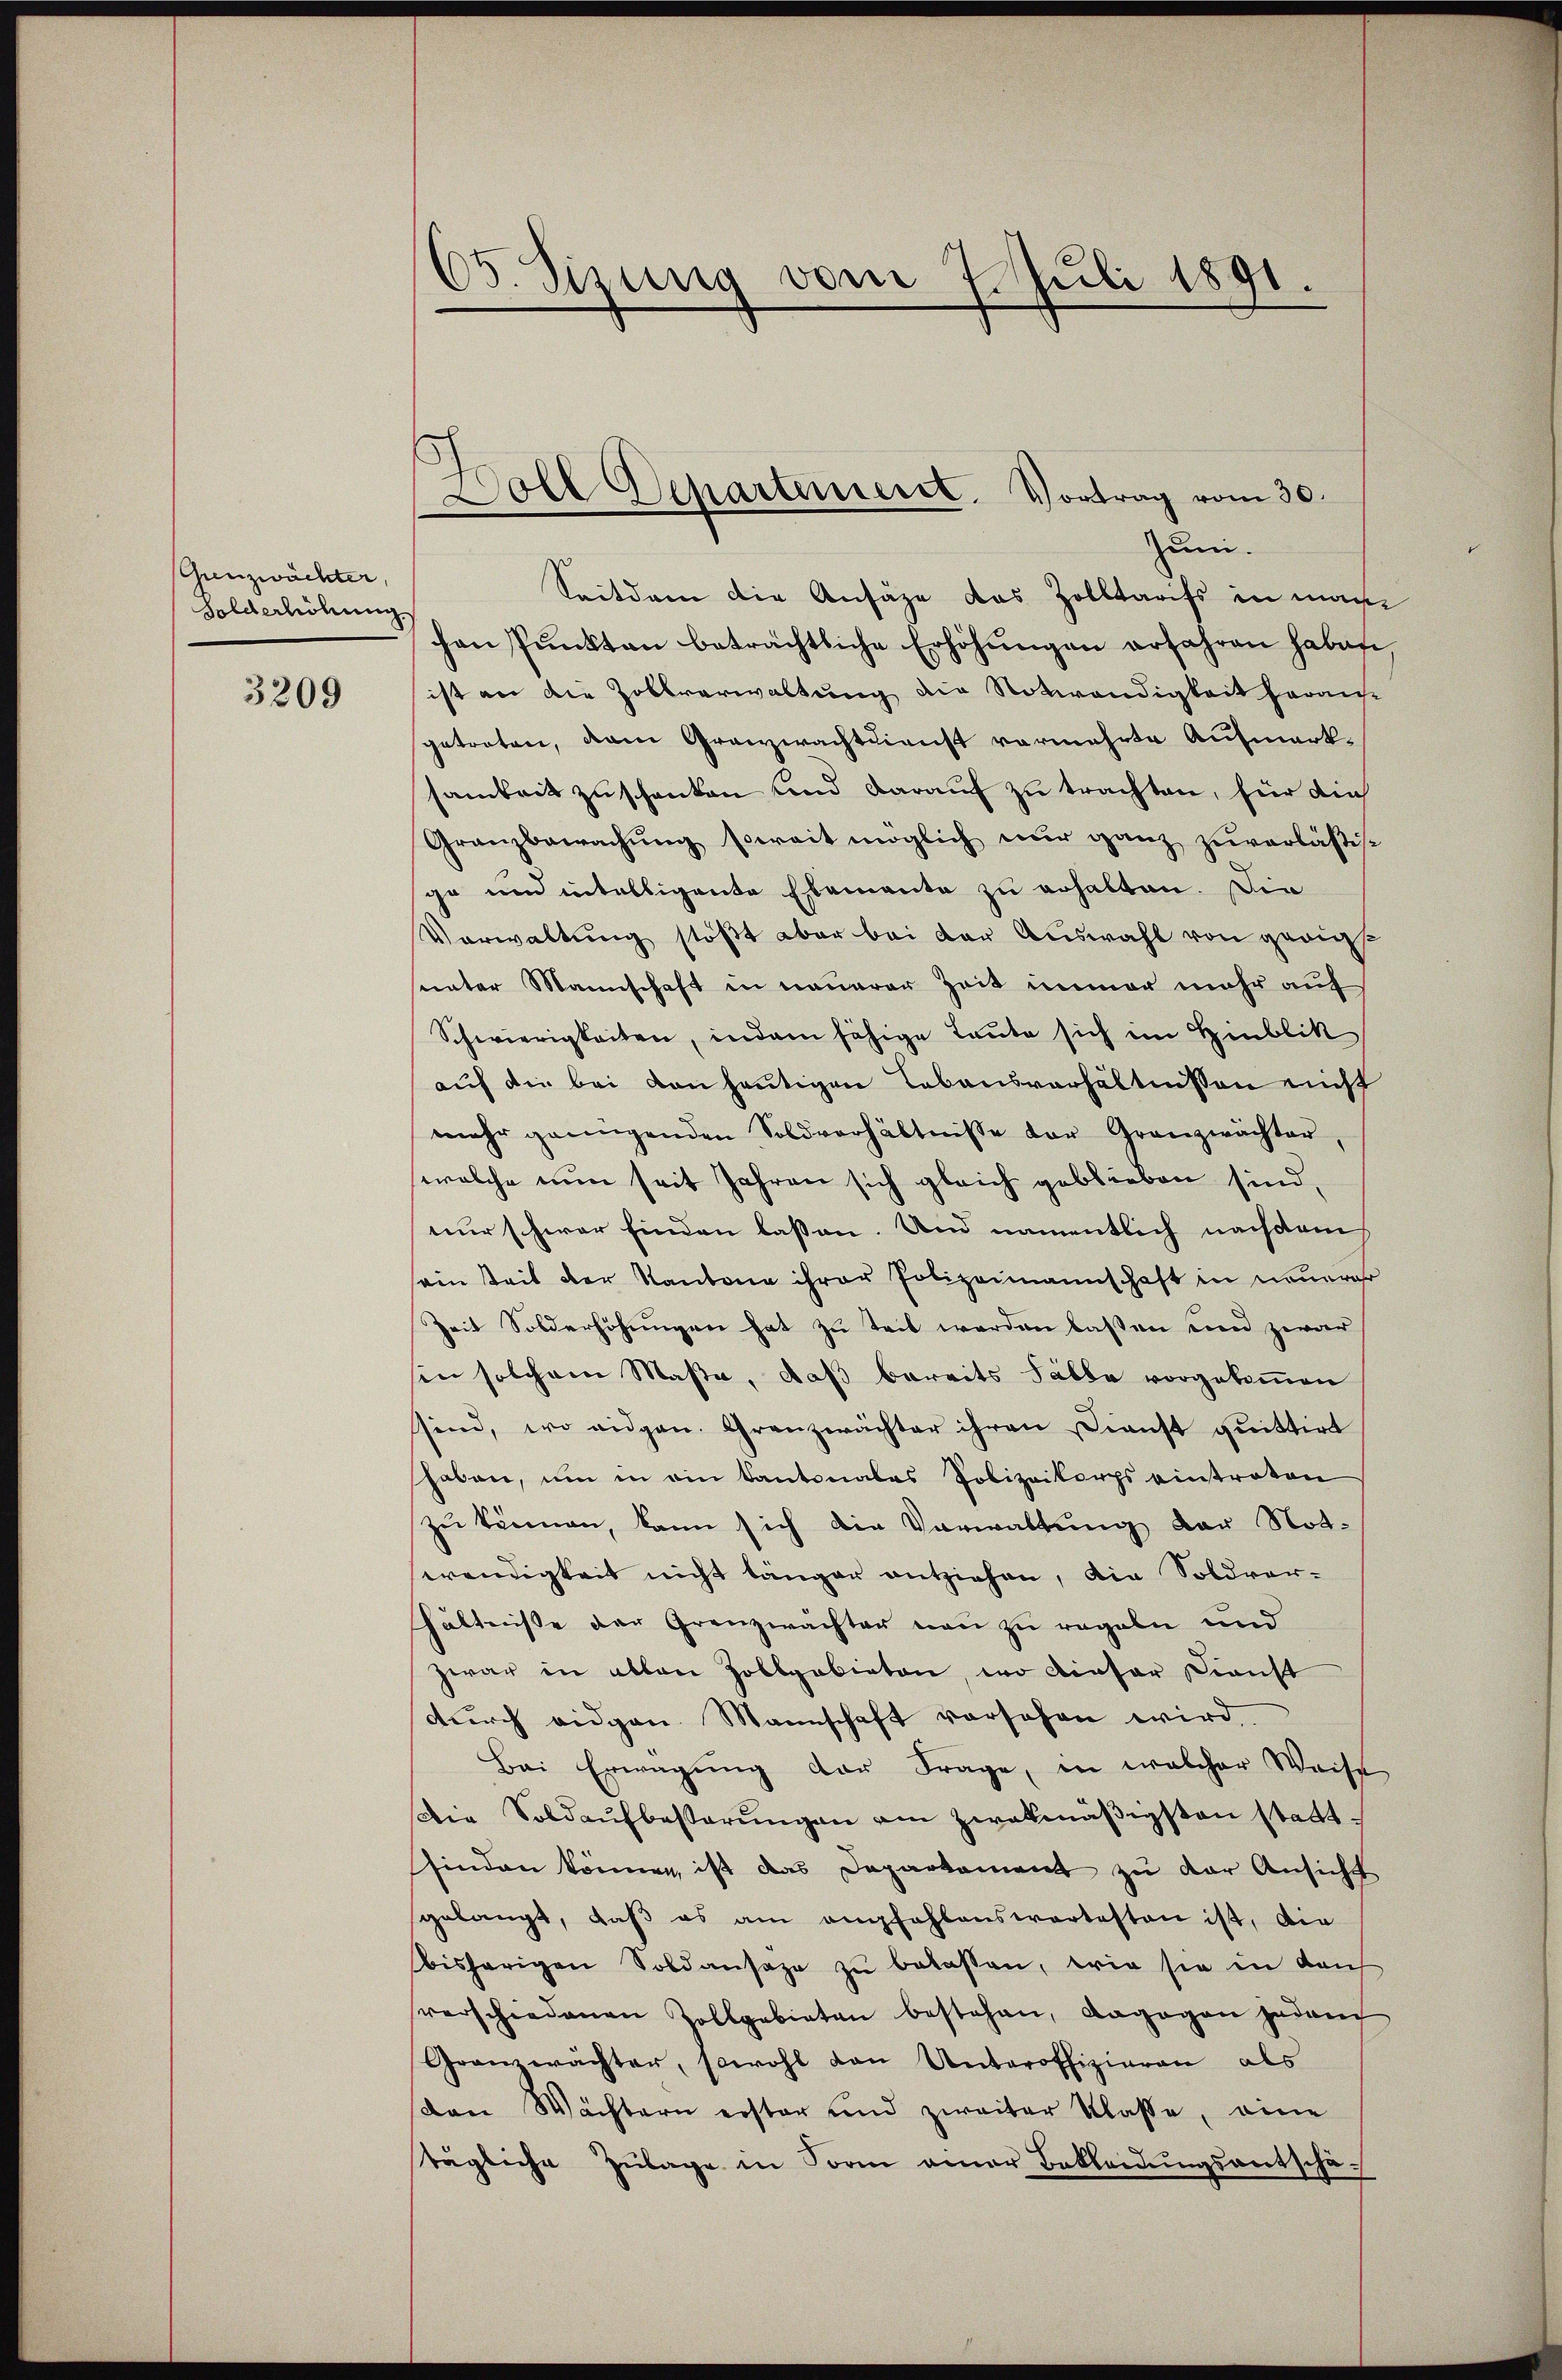
Grenzwächter,
Solderhöhung

3209

65. Sizung vom 7. Juli 1891.

Doll Departement. Vortrag vom 30.
Zum.

Seitdem die Ansähe das Zolltarifs in man
chen Pŭnkten beträchtliche Erhöhŭngen erfahren haben
ist an die Zollverwaltung die Notwendigkeit heraus
getreten, dem Granzwachtdienst vermehrte Aufmerksamkeit zuschenken und darauf zu trachten, für die
Granzbewachŭng soweit möglich nŭr ganz zŭverläßig
ge und intelligente Elemente zu erhalten. Die
Verwaltung stößt aber bei der Auswahl von genigst
sunter Mannschaft in neuerer Zeit immer mehr auf
Schwierigkeiten, indem fähige Leute sich im Hinblik
auf die bei von heutigen Lebensverhältnissen nicht
mehr genügenden Soldverhältnisse der Granzwächter,
welche nun seit Jahren sich gleich geblieben sind,
nur schwer finden lassen. Und namentlich nachdem
sein Zeit der Kantone ihrer Polizeimannschaft in neuerer
Zeit Solderhöhungen hat zu teil werden lassen und zwar
sin solchem Maße, daß bereits Fälle vorgekommen
ssind, wo eidgen. Granzwächter ihren Dienst quittirt
haben, um in ein Kantonales Polizeikorps eintraten
zu können, kann sich die Vorwaltung der Notwendigkeit nicht länger entziehen, die Soldver-
hältniße der Grenzwachter von zu regeln und
zwar in allen Zollgabieten, wo dieser Dienst
dŭrch eidgen. Mannschaft vorsehen wird,
Bei Erwägŭng der Frage, in welcher Weise
Die Soldaufbesterungen am zwekmäßigsten stattfinden können, ist das Daparkament zu der Ansicht
gelangt, daβ es am empfahlenswertesten ist, die
bisherigen Soldansaze zŭ belassen, wie sie in dans
verschiedenen Zollgebieten bestehen, dagegen jedem
Granzwächter, sowohl von Unteroffizieren als
von Wächtern erster und zweiter Klasse, eine
tägliche Zulage in Form einer Bekleidungsantschä¬